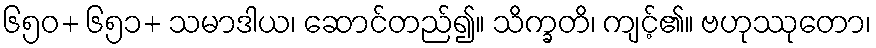
၆၅၀+ ၆၅၁+ သမာဒါယ၊ ဆောင်တည်၍။ သိက္ခတိ၊ ကျင့်၏။ ဗဟုဿုတော၊